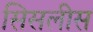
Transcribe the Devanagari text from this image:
सिसलीस